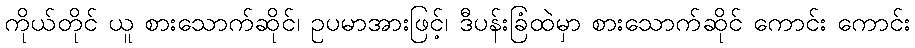
ကိုယ်တိုင် ယူ စားသောက်ဆိုင်၊ ဥပမာအားဖြင့်၊ ဒီပန်းခြံထဲမှာ စားသောက်ဆိုင် ကောင်း ကောင်း